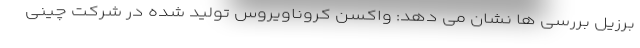
برزیل بررسی ها نشان می دهد: واکسن کروناویروس تولید شده در شرکت چینی